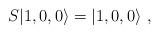
LaTeX: \begin{align*}S|1,0,0 \rangle = |1,0,0 \rangle \ ,\end{align*}